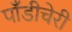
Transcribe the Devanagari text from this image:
पाँडीचेरी